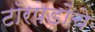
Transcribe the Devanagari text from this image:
टॉरपेडोंचे